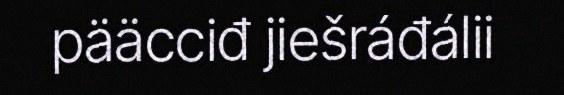
pääcciđ jiešráđálii